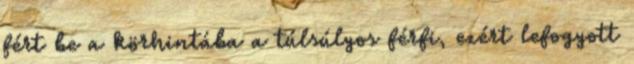
fért be a körhintába a túlsúlyos férfi, ezért lefogyott